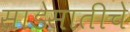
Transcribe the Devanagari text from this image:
साडेसातीचे